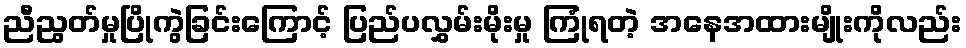
ညီညွတ်မှုပြိုကွဲခြင်းကြောင့် ပြည်ပလွှမ်းမိုးမှု ကြုံရတဲ့ အနေအထားမျိုးကိုလည်း